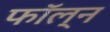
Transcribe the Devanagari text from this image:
फॉल्न